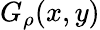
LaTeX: G_{\rho}(x,y)